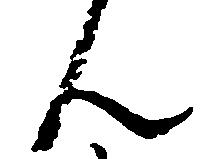
ん